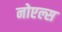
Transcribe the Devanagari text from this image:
नोएल्स